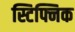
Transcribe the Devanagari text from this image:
स्टिफ्निक